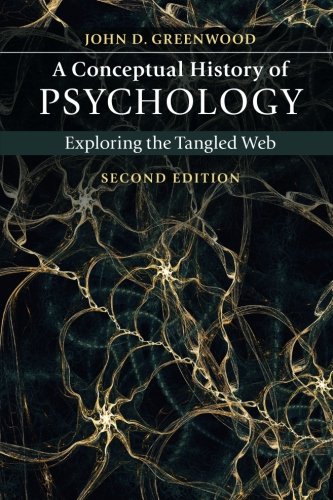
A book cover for A Conceptual History of Psychology: Exploring the Tangled Web; John D. Greenwood; Medical Books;